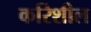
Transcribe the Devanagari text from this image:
करिशील